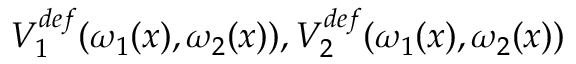
V _ { 1 } ^ { d e f } ( \omega _ { 1 } ( x ) , \omega _ { 2 } ( x ) ) , V _ { 2 } ^ { d e f } ( \omega _ { 1 } ( x ) , \omega _ { 2 } ( x ) )